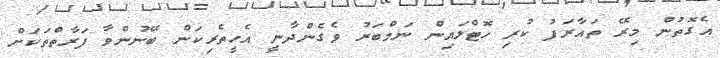
އެގޮތުން މިރޭ ތައާރަފު ކުރި ހޮޓްލައިން ނަމްބަރު ވެގެންދާނީ އެހީތެރިކަން ބޭނުންވާ ފަރާތްތަކަށް